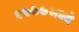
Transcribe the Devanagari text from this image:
१७७७मध्ये